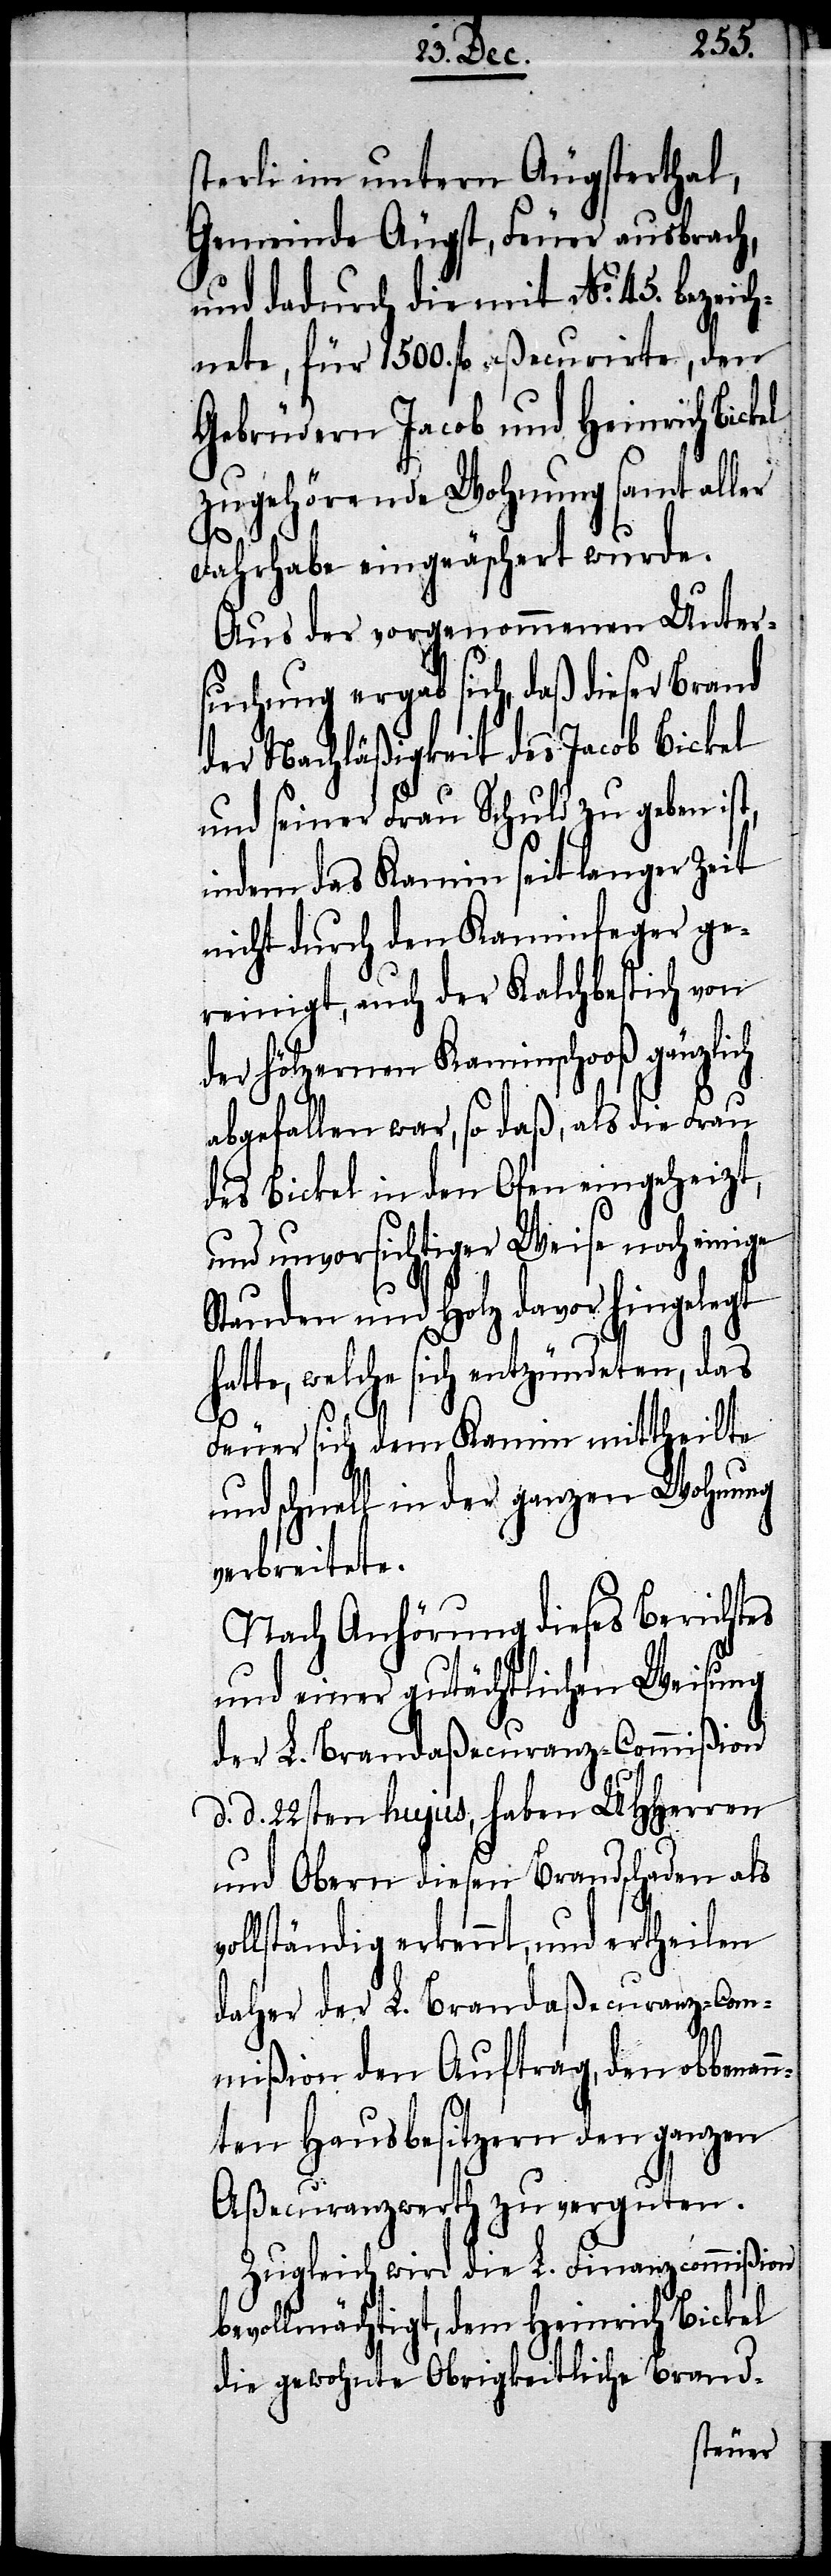
sterli im untern Äugsterthal,
Gemeinde Äugst, Feuer ausbrach,
und dadurch die mit No. 45. bezeich¬
nete, für 1500. fl. aßecurirte, den
Gebrüdern Jacob und Heinrich Bickel
zugehörende Wohnung samt aller
Fahrhabe eingeäschert wurde.
Aus der vorgenommenen Unter¬
suchung ergab sich, daß diese Brand
der Nachläßigkeit des Jacob Bickel
und seiner Frau Schuld zu geben ist,
indem das Kamin seit langer Zeit
nicht durch den Kaminfeger ge¬
reinigt, auch der Kalchbestich von
der hölzernen Kaminschooß gänzlich
abgefallen war, so daß, als die Frau
des Bickel in den Ofen eingeheizt,
und unvorsichtiger Weise noch einige
Stauden und Holz davor hingelegt
hatte, welche sich entzündeten, das
Feuer sich dem Kamin mittheilte
und schnell in der ganzen Wohnung
verbreitete.
Nach Anhörung dieses Berichtes
und einer gutächtlichen Weisung
der L. Brandaßecuranz-Commißion
d. d. 22sten hujus, haben UHHerren
und Obern diesen Brandschaden als
vollständig erkennt, und ertheilen
daher der L. Brandaßecuranz-Com¬
mißion den Auftrag, den obbemeld¬
ten Hausbesitzern den ganzen
Aßecuranzwerth zu verguten.
Zugleich wird die L. Finanzcommißion
bevollmächtigt, dem Heinrich Bickel
die gewohnte Obrigkeitliche Brand-